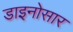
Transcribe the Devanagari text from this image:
डाइनोसार